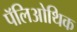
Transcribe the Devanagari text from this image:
पॅलिओथिक